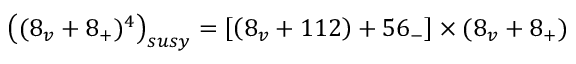
\left( ( 8 _ { v } + 8 _ { + } ) ^ { 4 } \right) _ { s u s y } = \left[ \left( 8 _ { v } + 1 1 2 \right) + 5 6 _ { - } \right] \times ( 8 _ { v } + 8 _ { + } )